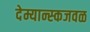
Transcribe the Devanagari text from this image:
देम्यान्स्कजवळ